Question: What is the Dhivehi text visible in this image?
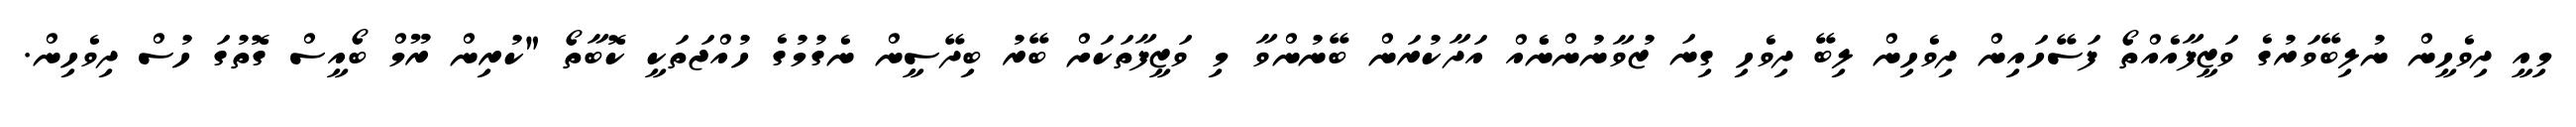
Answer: މިއީ ދިވެހީން ނުލިބޭވަރުގެ ވަޒީފާއެއްތޯ ފަސޭހައިން ދިވެހިން ލިބޭ ދިވެހި ގިނަ ޒުވާނުންނެެއް އަދާކުރަން ބޭނުންވާ މި ވަޒީފާތަކަށް ބޭރު ބިދޭސީން ނެގުމުގެ ހުއްޖަތަކީ ކޮބާތޯ "ކުރިން ރޫމް ބޯއީސް ގޮތުގަ ހުސް ދިވެހިން.